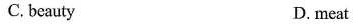
C. beauty D.meat